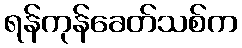
ရန်ကုန်ခေတ်သစ်က